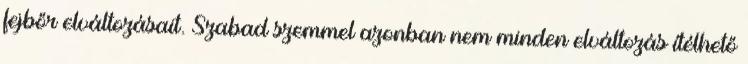
fejbőr elváltozásait. Szabad szemmel azonban nem minden elváltozás ítélhető